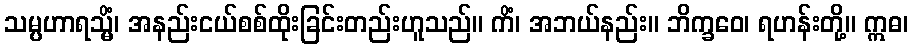
သမ္ပဟာရသ္မိံ၊ အနည်းငယ်စစ်ထိုးခြင်းတည်းဟူသည်။ ကိံ၊ အဘယ်နည်း။ ဘိက္ခဝေ၊ ရဟန်းတို့။ ဣဓ၊